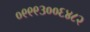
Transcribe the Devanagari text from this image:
०९९९३००६४८२